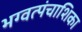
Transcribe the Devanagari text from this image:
भग्वत्पंचाशिका